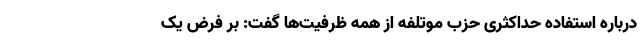
درباره استفاده حداکثری حزب موتلفه از همه ظرفیت‌ها گفت: بر فرض یک